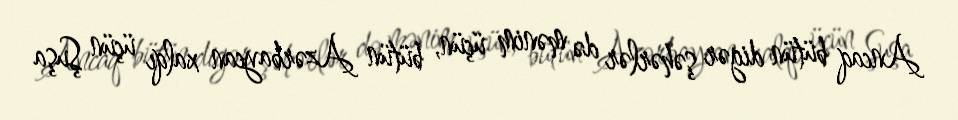
Ancaq bütün digər şəhərlər də mənim üçün, bütün Azərbaycan xalqı üçün Şuşa